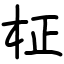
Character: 柾